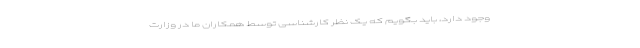
وجود دارد، باید بگویم که یک نظر کارشناسی توسط همکاران ما در وزارت